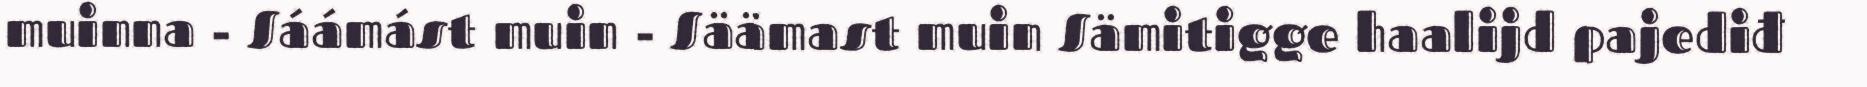
muinna - Sáámást muin - Säämast muin Sämitigge haalijd pajediđ